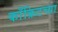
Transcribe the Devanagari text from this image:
काँक्रिटच्या